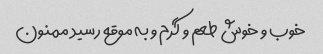
خوب و خوش طعم و گرم و به موقع رسید ممنون